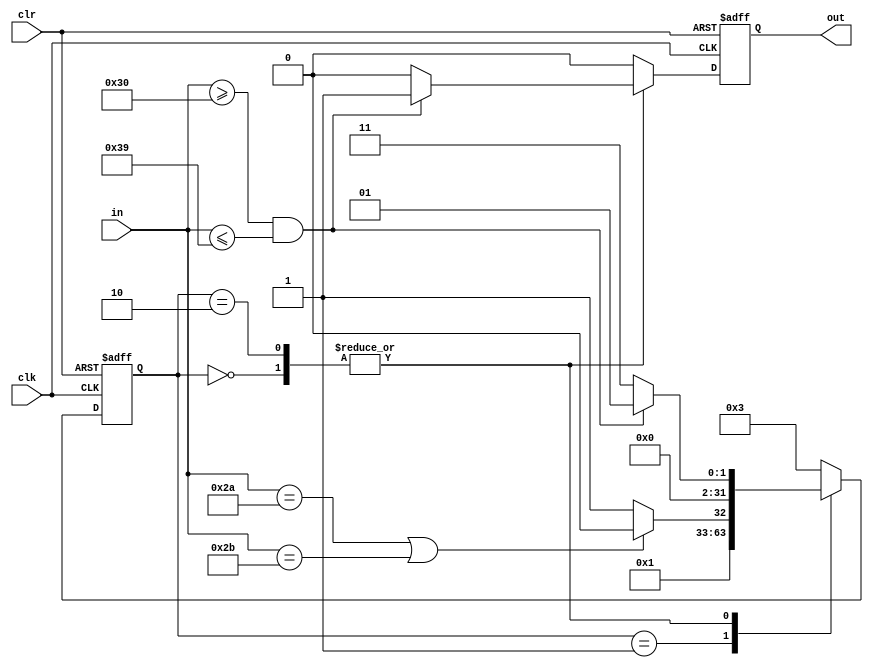
`timescale 1ns / 1ps
//////////////////////////////////////////////////////////////////////////////////
module string(
    input clk,
    input clr,
    input [7:0] in,
    output out
    );
	 
	 reg Out;
	 integer state=0;
	 
	 initial 
	 begin
	    Out=0;
	 end
	 
	 assign out=Out;
	 
	 always @(posedge clk or posedge clr)
	 begin
	    
		 if(clr==1) 
		 begin
		    state<=0;
			 Out<=0;
		 end
		 
		 else
		 begin
		    case(state)
		       0:
			       begin
				       if(in>=48&&in<=57)
						 begin
						    state<=1;
						    Out<=1;
						 end
						 
						 else 
						 begin
						    state<=3;
							 Out<=0;
						 end
				    end
		       
             1:
			       begin
				       if(in==42||in==43)
						 begin
						    state<=2;
						    Out<=0;
						 end
						 
						 else 
						 begin
						    state<=3;
							 Out<=0;
						 end
				    end		
       
             2:
			       begin
				       if(in>=48&&in<=57)
						 begin
						    state<=1;
						    Out<=1;
						 end
						 
						 else 
						 begin
						    state<=3;
							 Out<=0;
						 end
				    end	
             
				 default:
             begin
					 state<=3;
					 Out<=0;	
             end				 
		    endcase
		 end
	 end


endmodule